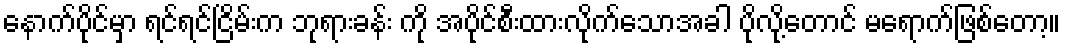
နောက်ပိုင်မှာ ရင်ရင်ငြိမ်းက ဘုရားခန်း ကို အပိုင်စီးထားလိုက်သောအခါ ပိုလို့တောင် မရောက်ဖြစ်တော့။